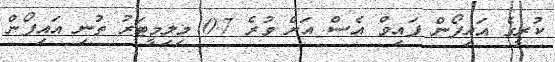
ކުރީގެ އައިފޯން ފައިވް އެސް އަށް ވުރެ 0.7 މިލިމީޓަރު ތުނި އައިފޯން